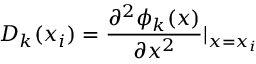
D _ { k } ( x _ { i } ) = \frac { \partial ^ { 2 } \phi _ { k } ( x ) } { \partial x ^ { 2 } } \vert _ { x = x _ { i } }